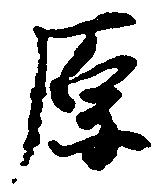
原